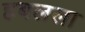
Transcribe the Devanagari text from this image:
हबलला